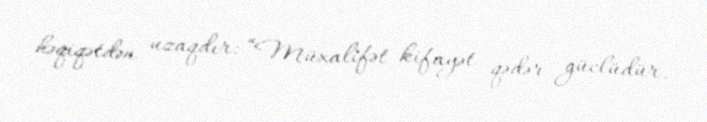
həqiqətdən uzaqdır: “Müxalifət kifayət qədər güclüdür.